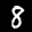
Label: 8